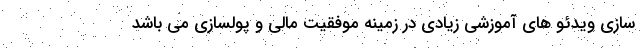
سازی ویدئو های آموزشی زیادی در زمینه موفقیت مالی و پولسازی می باشد